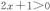
2x+1＞0.